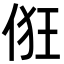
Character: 俇